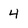
Character: 4